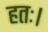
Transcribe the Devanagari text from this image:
हतः।